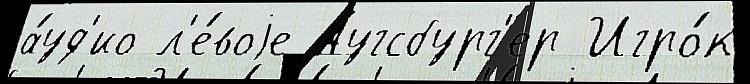
а́уд'ио л'е́воjе Аугсбург'ер Игро́к